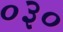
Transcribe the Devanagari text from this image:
०३०